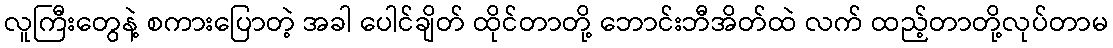
လူကြီးတွေနဲ့ စကားပြောတဲ့ အခါ ပေါင်ချိတ် ထိုင်တာတို့ ဘောင်းဘီအိတ်ထဲ လက် ထည့်တာတို့လုပ်တာမ